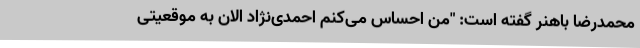
محمدرضا باهنر گفته است: "من احساس می‌کنم احمدی‌نژاد الان به موقعیتی